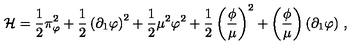
{ \cal H } = \frac { 1 } { 2 } \pi _ { \varphi } ^ { 2 } + \frac { 1 } { 2 } \left( \partial _ { 1 } \varphi \right) ^ { 2 } + \frac { 1 } { 2 } \mu ^ { 2 } \varphi ^ { 2 } + \frac { 1 } { 2 } \left( \frac { \phi } { \mu } \right) ^ { 2 } + \left( \frac { \phi } { \mu } \right) ( \partial _ { 1 } \varphi ) \ ,